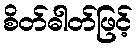
စိတ်ဓါတ်ဖြင့်